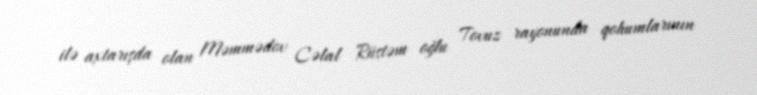
ilə axtarışda olan Məmmədov Cəlal Rüstəm oğlu Tovuz rayonunda qohumlarının